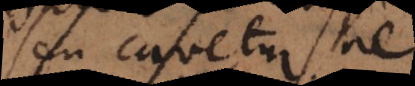
seu cavetur ne